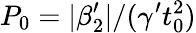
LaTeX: P_{0}=|\beta_{2}^{\prime}|/(\gamma^{\prime}t_{0}^{2})